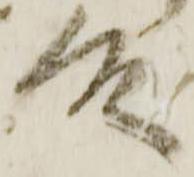
殿